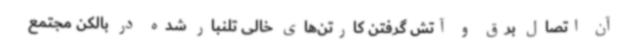
آن اتصال برق و آتش گرفتن کارتن‌های خالی تلنبار شده در بالکن مجتمع